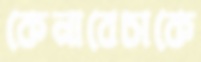
কেনাবেচাকে